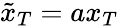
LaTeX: \tilde{x}_{T}=ax_{T}